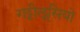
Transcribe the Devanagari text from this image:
गट्टीलूसियो